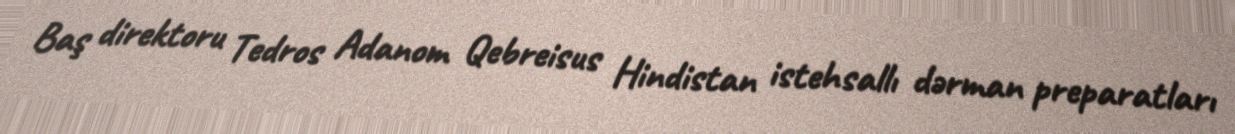
Baş direktoru Tedros Adanom Qebreisus Hindistan istehsallı dərman preparatları